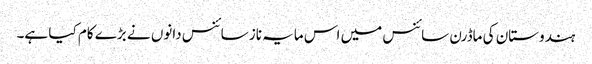
ہندوستان کی ماڈرن سائنس میں اس مایہ ناز سائنس دانوں نے بڑے کام کیا ہے۔